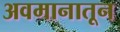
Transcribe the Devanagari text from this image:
अवमानातून